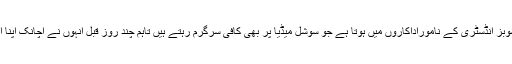
فیروز خان کا شمار پاکستان شوبز انڈسٹری کے ناموراداکاروں میں ہوتا ہے جو سوشل میڈیا پر بھی کافی سرگرم رہتے ہیں تاہم چند روز قبل انہوں نے اچانک اپنا انسٹاگرام اکاؤنٹ بند کردیا تھا۔